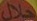
حلال